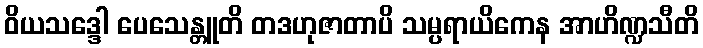
ဝိယသဒ္ဒေါ ပေသေန္တူတိ တဒဟုဇာတာပိ သမ္ပရာယိကေန အာဟိဏ္ဍသီတိ